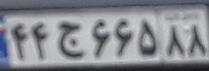
۴۴ج۶۶۵۸۸